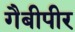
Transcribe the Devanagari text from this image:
गैबीपीर